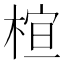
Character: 𪲩